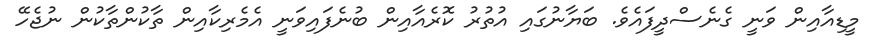
މީޑިއާއިން ވަނީ ގެނެސްދީފައެވެ. ބަޔާނުގައި އުތުރު ކޮރެއާއިން ބުނެފައިވަނީ އެމެރިކާއިން ތާކުންތާކުން ނުޖެހޭ